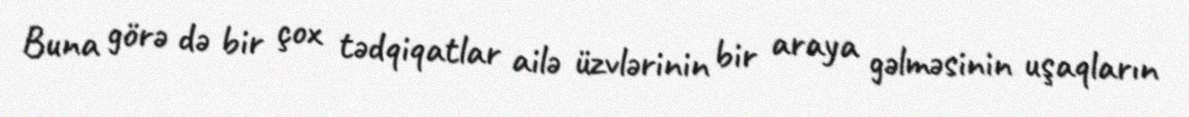
Buna görə də bir çox tədqiqatlar ailə üzvlərinin bir araya gəlməsinin uşaqların